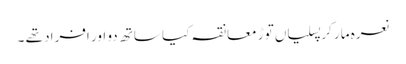
نعرہ مار کر پسلیاں توڑ معانقہ کیا ساتھ دو اور افراد تھے ۔